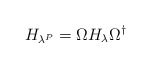
\begin{align*}H_{\lambda^P} = \Omega H_{\lambda} \Omega^{\dagger}\end{align*}